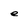
Character: e